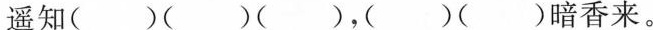
遥知( )( )( )，( )( )暗香来。